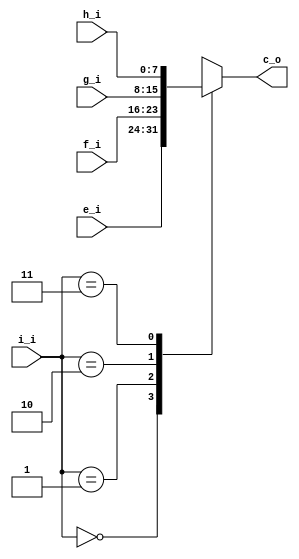
module T_Mux(
   input [7:0] e_i,
    input [7:0]f_i,
    input [7:0]g_i,
    input [7:0]h_i,
    input [1:0]i_i,
    output [7:0]c_o
    );
    reg [7:0]c_o;
    always @(*)begin 
        case(i_i)
            2'b00:c_o=e_i;
            2'b01:c_o=f_i;
            2'b10:c_o=g_i;
            2'b11:c_o=h_i;
           endcase
        end
 endmodule